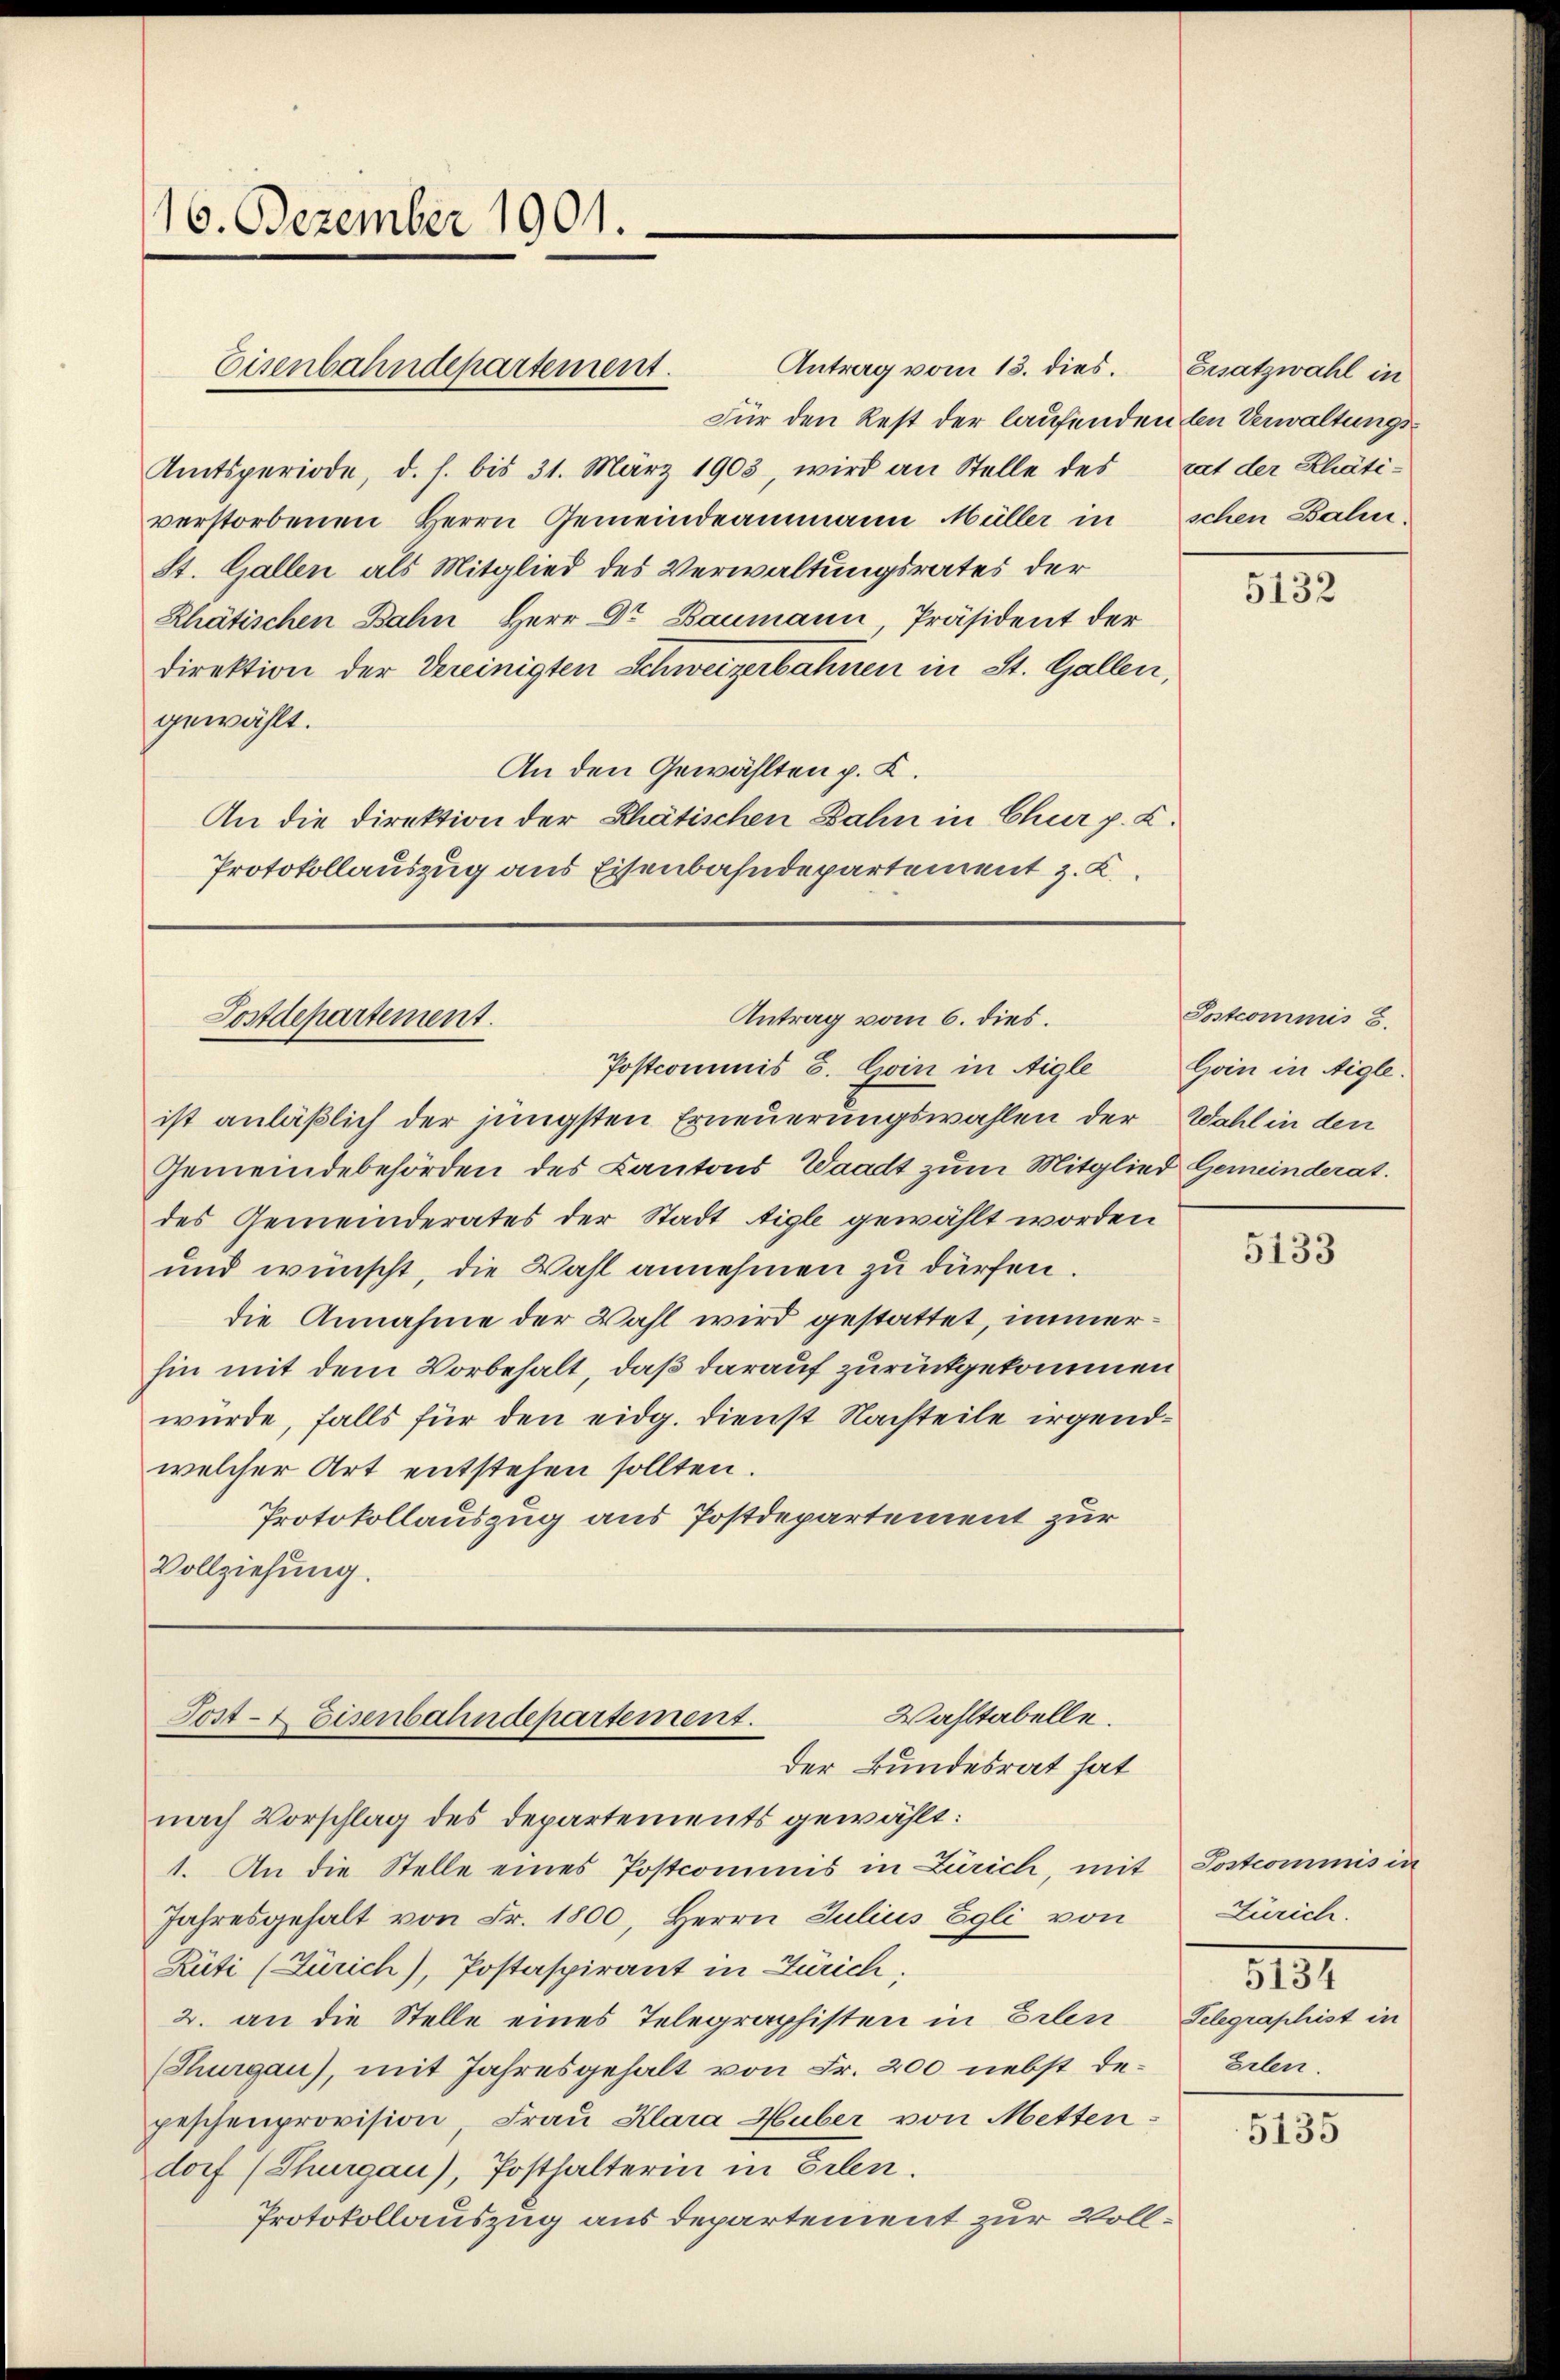
16. Dezember 1901.

Eisenbahndepartement.

Antrag vom 6. dies.
Postdepartement.
Postcommis s. Goin in Aigle

ist anläßlich der jüngsten Erneuerungswahlen der
Gemeindebehörden des Kantons Waadt zum Mitglied Gemeinderat.
des Gemeinderates der Stadt Aigle gewählt worden
und wünscht, die Wahl annehmen zu dürfen.
die Annahme der Wahl wird gestattet, immerhin mit dem Vorbehalt, daß darauf zurückgekommen
wurde, falls für den eidg. Dienst Nachteile irgendwelcher Art entstehen sollten.
Protokollauszug aus Postdepartement zur
Vollziehung.

Wahltabelle.
Tost- & Eisenbahndepartement.
der Bundesrat hat

Antrag vom 13. dies. Ersatzwahl in
Für den Rest der laufenden den Verwaltungs¬
Amtsperiode, d. h. bis 31. März 1903, wird an Stelle des hat der Rhätiverstorbenen Herrn Gemeindeammann Müller in schen Bahn.
St. Gallen als Mitglied des Verwaltungsrates der
Rhätischen Bahn Herr Dr Baumann, Präsident der
direktion der Vereinigten Schweizerbahnen in St. Gallen,
gewählt.
An den Gewählten p. K.
An die Direktion der Rhätischen Bahn in Chur p. C.
Protokollauszug aus Eisenbahndepartement z. K.

nach Vorschlag des Departements gewählt:
1. An die Stelle eines Postcommis in Zürich, mit Postcommis in
Jahresgehalt von Fr. 1800, Herrn Julius Egli von
Rüti (Zürich), Postaspirant in Zürich;
2. an die Stelle eines Telegraphisten in Erlen
(Thurgau), mit Jahresgehalt von Fr. 200 nebst depeschenprovision, Frau Klara Huber, von Mettendorf (Thurgau), Posthalterin in Erlen.
Protokollauszug aus departement zur Voll¬

5132

Postcommis 8.
Goin in Aigle.
Wahl in den

5133

Zürich.
5191
Telegraphist in
Erlen.

5135